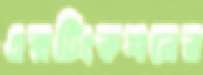
এক্সটিংকশনের